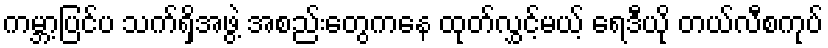
ကမ္ဘာ့ပြင်ပ သက်ရှိအဖွဲ့ အစည်းတွေကနေ ထုတ်လွှင့်မယ့် ရေဒီယို တယ်လီစကုပ်